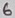
Text: 6